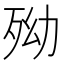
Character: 𣧥